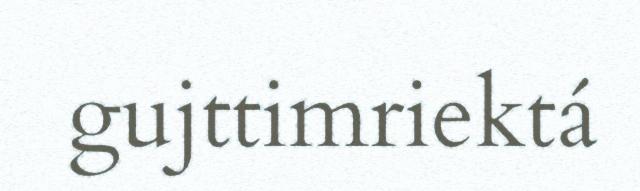
gujttimriektá